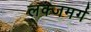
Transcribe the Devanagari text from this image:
लक्जमर्ग